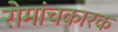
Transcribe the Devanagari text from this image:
रोमांचकारक